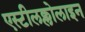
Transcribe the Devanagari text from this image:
एस्टीलक्लोलाइन